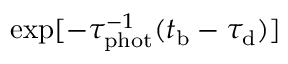
\exp [ - \tau _ { \mathrm { p h o t } } ^ { - 1 } ( t _ { \mathrm { b } } - \tau _ { \mathrm { d } } ) ]